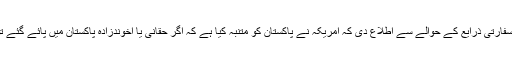
اس دھمکی کے بعدواشنگٹن اور اسلام آباد کے میڈیا نے سفارتی ذرایع کے حوالے سے اطلاع دی کہ امریکہ نے پاکستان کو متنبہ کیا ہے کہ اگر حقانی یا اخوندزادہ پاکستان میں پائے گئے تو امریکہ ایبٹ آباد کی طرح یکطرفہ کارروائی کرے گا۔